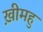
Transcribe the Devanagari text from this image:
ख़ीमहु